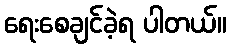
ရေးစေချင်ခဲ့ရ ပါတယ်။